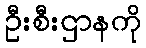
ဦးစီးဌာနကို